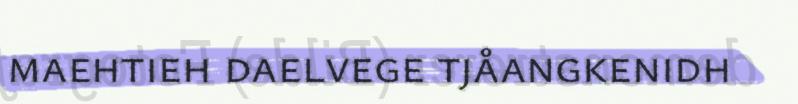
maehtieh daelvege tjåangkenidh